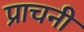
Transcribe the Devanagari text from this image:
प्राचनी